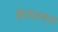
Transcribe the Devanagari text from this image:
क्षेपणास्त्राला